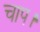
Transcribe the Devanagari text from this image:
चाप।